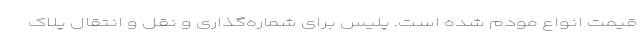
قیمت انواع مودم شده است. پلیس برای شماره‌گذاری و نقل و انتقال پلاک